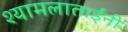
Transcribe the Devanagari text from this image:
श्यामलाताईंनी